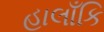
હાલાઁકિ